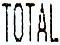
TOTAL